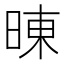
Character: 𰖍